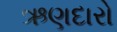
ઋણદારો